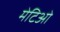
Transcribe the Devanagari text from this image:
मेटिओ